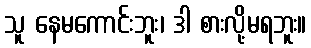
သူ နေမကောင်းဘူး၊ ဒါ စားလို့မရဘူး။